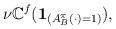
LaTeX: \begin{align*} \nu \mathbb{C}^{f} ( \mathbf{1}_{( A^\pi_B(\cdot)=1)} ),\end{align*}